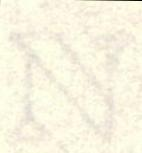
N